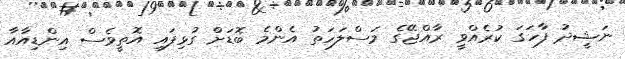
ނަޝީދު ފާހަގަ ކުރެއްވީ ރާއްޖޭގެ މަސްލަހަތު އެންމެ ބޮޑަށް ގުޅިފައި އޮތީވެސް އިންޑިއާއާ